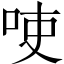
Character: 𱒚